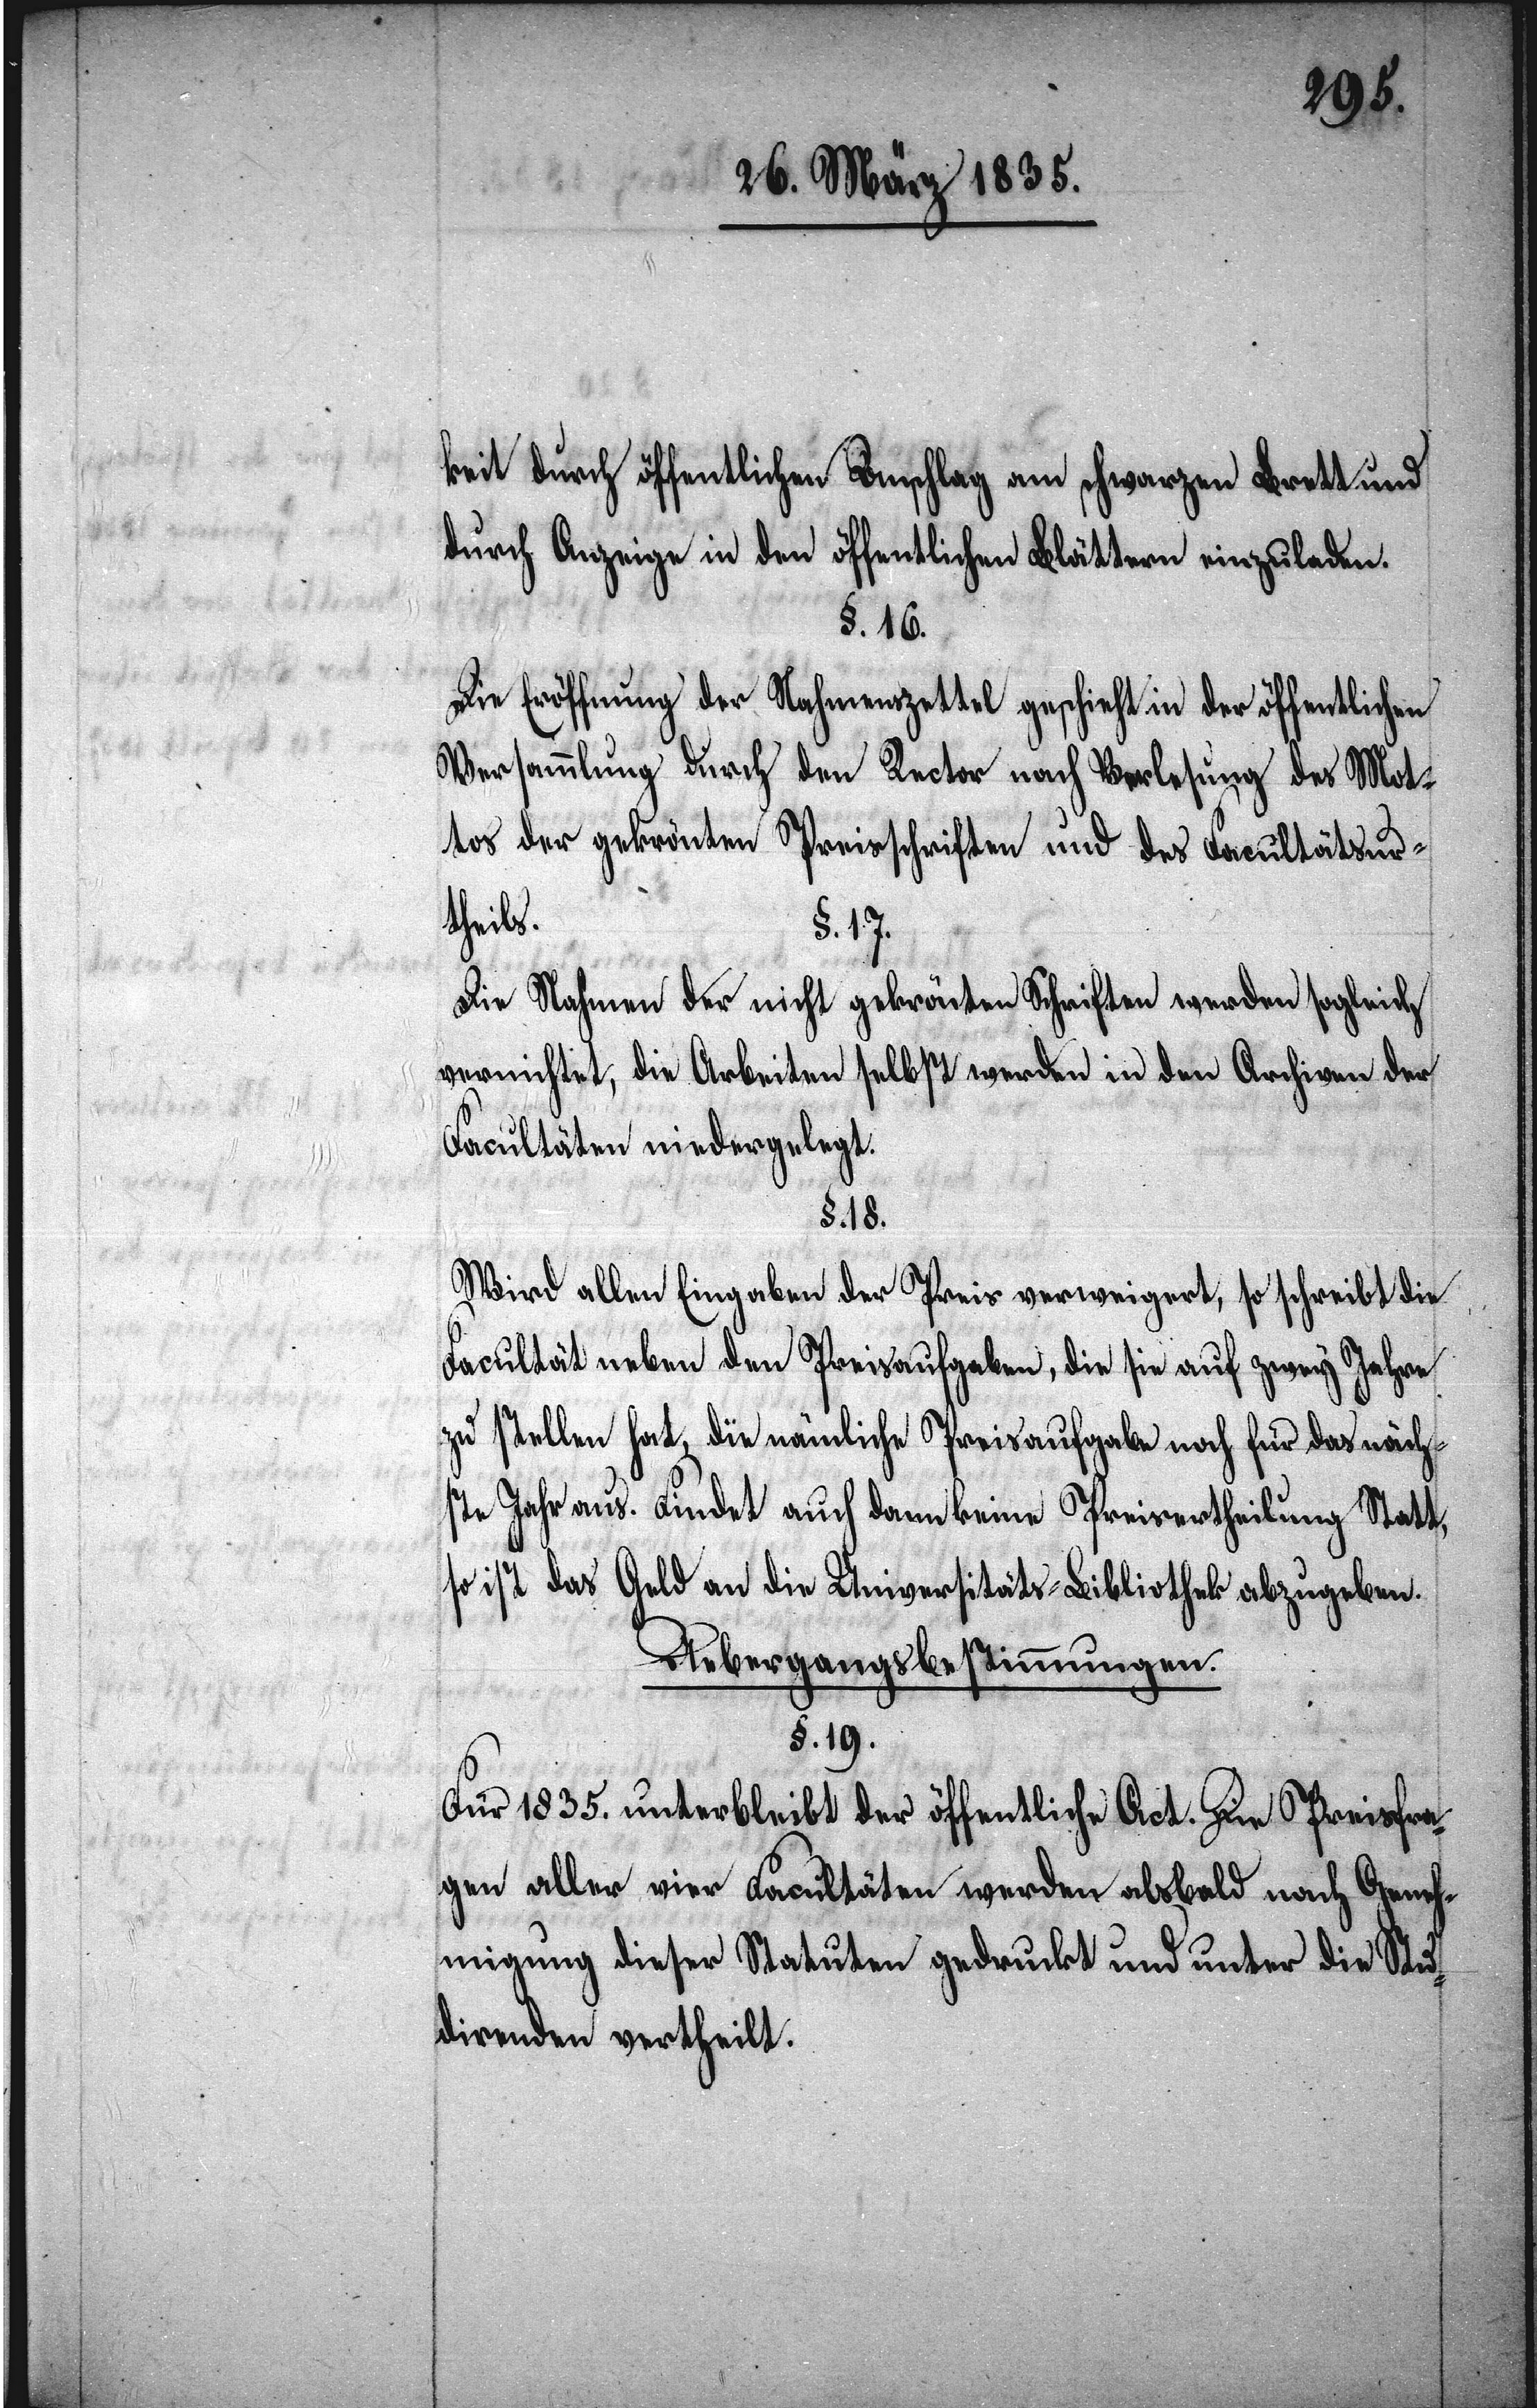
keit durch öffentlichen Anschlag am schwarzen Brett und
durch Anzeige in den öffentlichen Blättern einzuladen.
§. 16.
Die Eröffnung der Nahmenszettel geschieht in der öffentlichen
Versammlung durch den Rector nach Verlesung des Mot¬
tos der gekrönten Preisschriften und des Facultätsur¬
theils.
§. 17.
Die Nahmen der nicht gekrönten Schriften werden sogleich
vernichtet, die Arbeiten selbst werden in den Archiven der
Facultäten niedergelegt.
§. 18.
Wird allen Eingaben der Preis verweigert, so schreibt die
Facultät neben den Preisaufgaben, die sie auf zwey Jahre
zu stellen hat, die nämliche Preisaufgabe noch für das näch¬
ste Jahr aus. Findet auch dann keine Preisvertheilung Statt,
so ist das Geld an die Universitäts-Bibliothek abzugeben.
Uebergangsbestimmungen.
§. 19.
Für 1835. unterbleibt der öffentliche Act. Die Preisfra¬
gen aller vier Facultäten werden alsbald nach Geneh¬
migung dieser Statuten gedruckt und unter die Stu¬
direnden vertheilt.